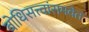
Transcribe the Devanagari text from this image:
बोधिसत्त्वांसमवेत